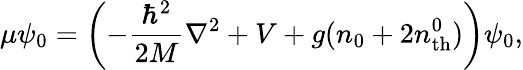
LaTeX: \mu\psi_{0}=\left(-\frac{\hbar^{2}}{2M}\nabla^{2}+V+g(n_{0}+2n_{\mathrm{th}}^{0})\right)\psi_{0},